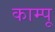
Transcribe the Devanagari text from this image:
काम्पू